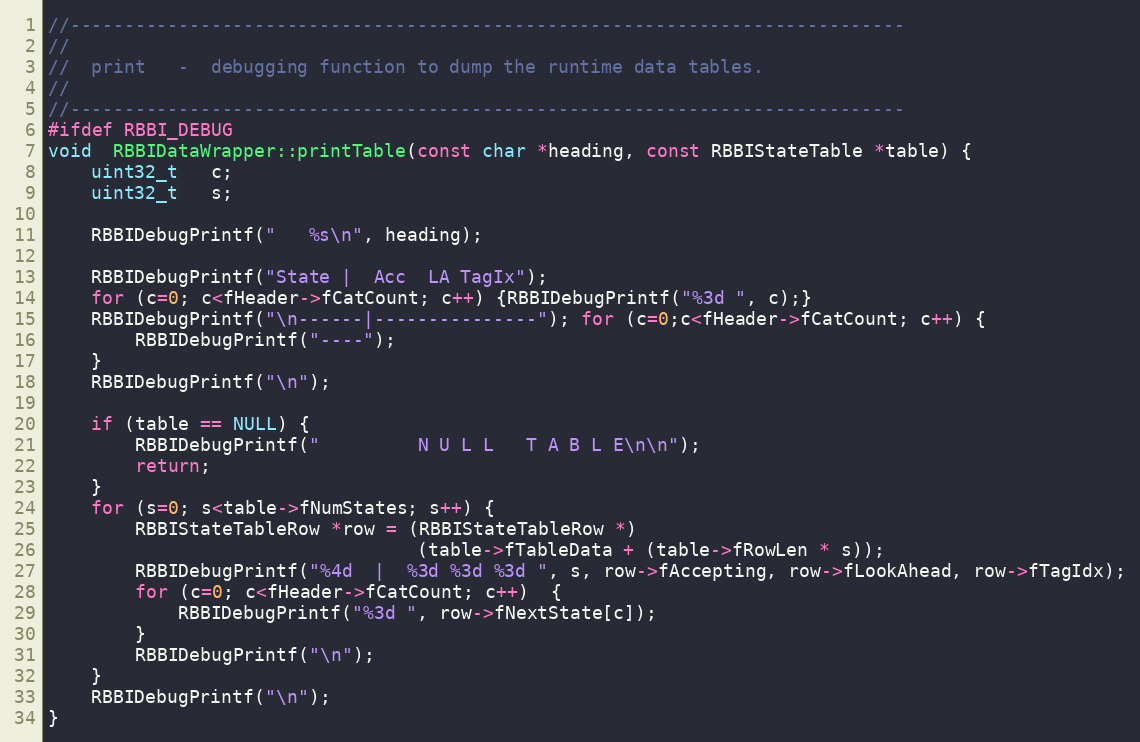
Language: C++
//-----------------------------------------------------------------------------
//
//  print   -  debugging function to dump the runtime data tables.
//
//-----------------------------------------------------------------------------
#ifdef RBBI_DEBUG
void  RBBIDataWrapper::printTable(const char *heading, const RBBIStateTable *table) {
    uint32_t   c;
    uint32_t   s;

    RBBIDebugPrintf("   %s\n", heading);

    RBBIDebugPrintf("State |  Acc  LA TagIx");
    for (c=0; c<fHeader->fCatCount; c++) {RBBIDebugPrintf("%3d ", c);}
    RBBIDebugPrintf("\n------|---------------"); for (c=0;c<fHeader->fCatCount; c++) {
        RBBIDebugPrintf("----");
    }
    RBBIDebugPrintf("\n");

    if (table == NULL) {
        RBBIDebugPrintf("         N U L L   T A B L E\n\n");
        return;
    }
    for (s=0; s<table->fNumStates; s++) {
        RBBIStateTableRow *row = (RBBIStateTableRow *)
                                  (table->fTableData + (table->fRowLen * s));
        RBBIDebugPrintf("%4d  |  %3d %3d %3d ", s, row->fAccepting, row->fLookAhead, row->fTagIdx);
        for (c=0; c<fHeader->fCatCount; c++)  {
            RBBIDebugPrintf("%3d ", row->fNextState[c]);
        }
        RBBIDebugPrintf("\n");
    }
    RBBIDebugPrintf("\n");
}